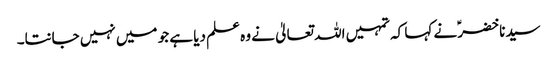
سیدنا خضرؑ نے کہا کہ تمہیں اللہ تعالیٰ نے وہ علم دیا ہے جو میں نہیں جانتا۔